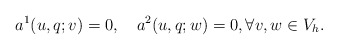
\begin{align*} a^1(u, q; v)=0, \ \ \ a^2(u,q;w)=0, \forall v,w\in V_h.\end{align*}